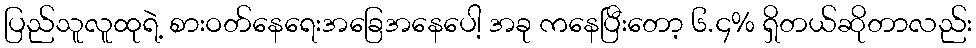
ပြည်သူလူထုရဲ့ စားဝတ်နေရေးအခြေအနေပေါ့ အခု ကနေပြီးတော့ ၆.၄% ရှိတယ်ဆိုတာလည်း